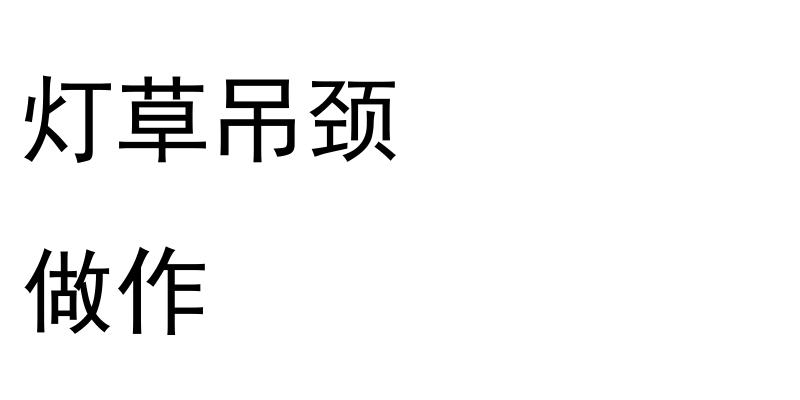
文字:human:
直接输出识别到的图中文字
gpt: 灯草吊颈 做作